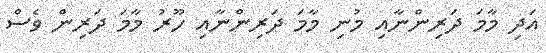
އަދި މާމަ ދަރިންނާއި މުނި މާމަ ދަރިންނާއި ހޫރު މާމަ ދަރިން ވެސް